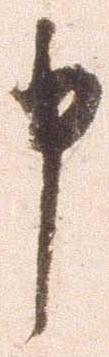
申